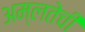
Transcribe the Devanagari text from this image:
अम्लतेची